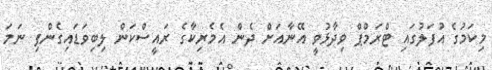
މިކަމުގެ އުފަލުގައި ޓްރަމްޕް ވިދާޅުވީ އޭނާއަށް ދެން އެމެރިކާގެ ރައީސްކަން ލިބިވަޑައިގެންފި ނަމަ